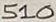
Text: 510